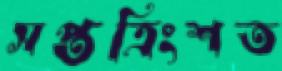
সপ্তত্রিংশত